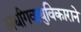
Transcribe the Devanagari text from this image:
अर्धांगवायुविकाराने